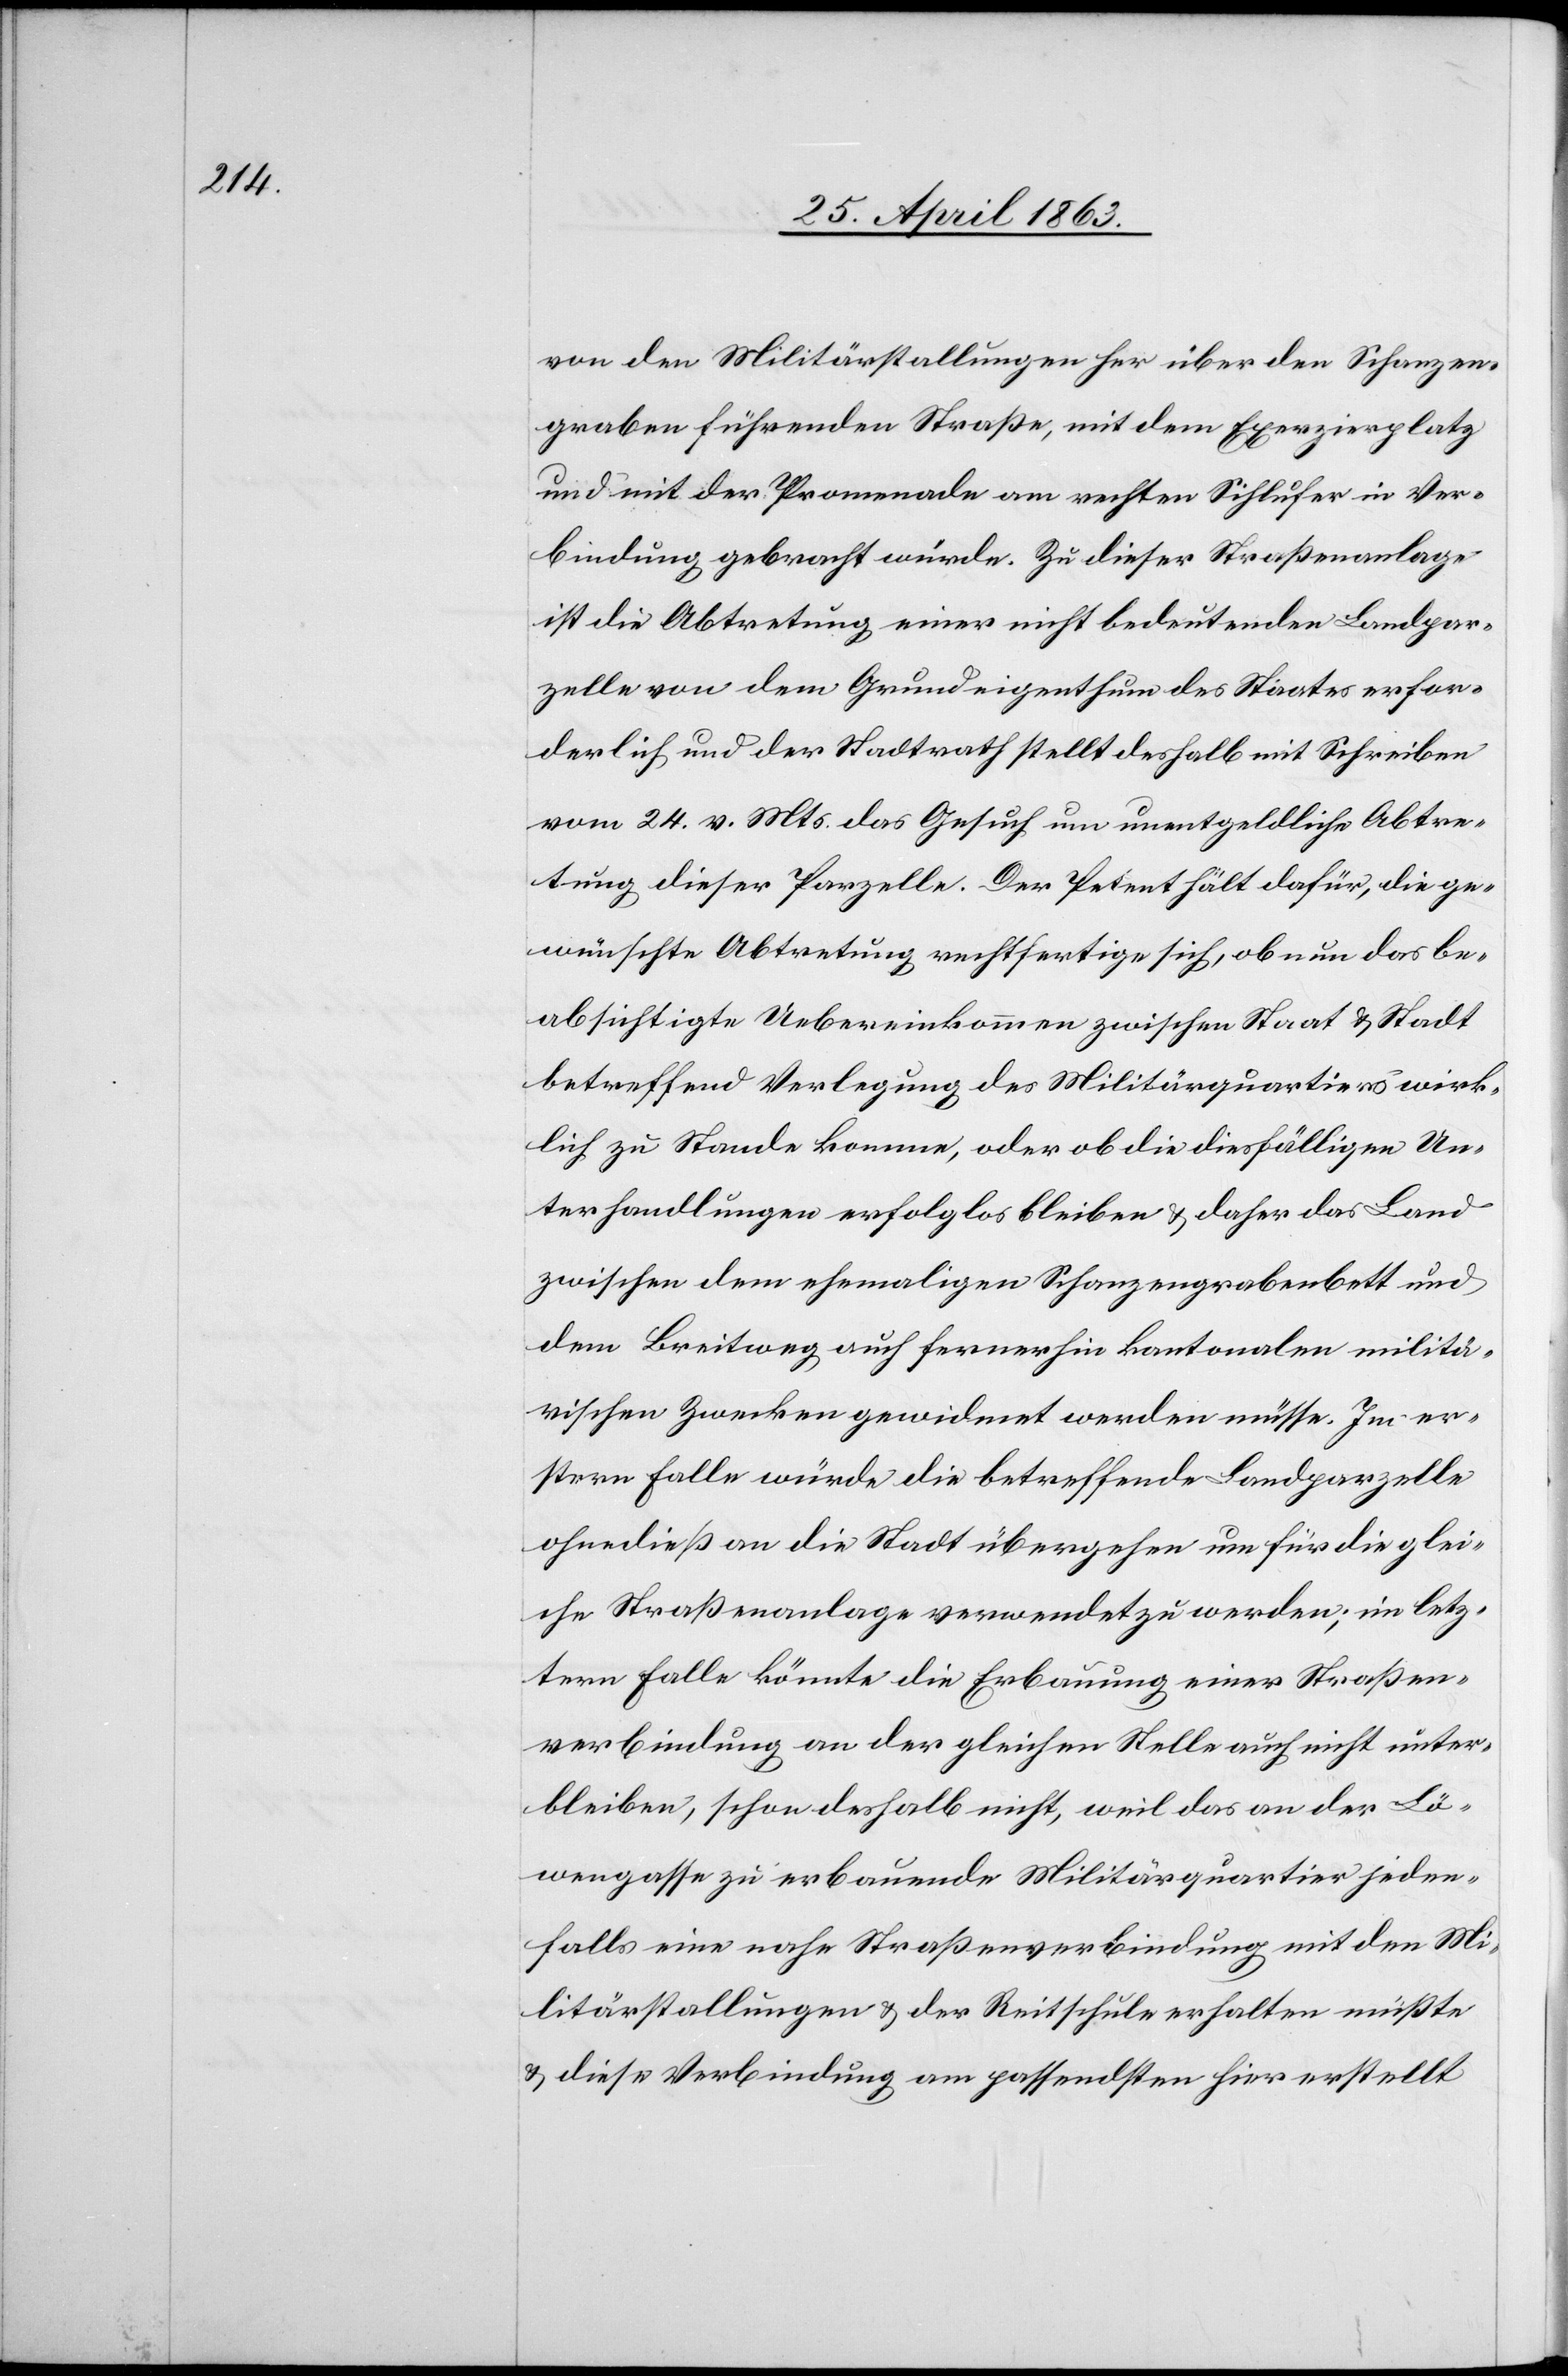
von den Militärstallungen her über den Schanzen¬
graben führenden Straße, mit dem Exerzierplatz
und mit der Promenade am rechten Sihlufer in Ver¬
bindung gebracht würde. Zu dieser Straßenanlage
ist die Abtretung einer nicht bedeutenden Landpar¬
zelle von dem Grundeigenthum des Staates erfor¬
derlich und der Stadtrath stellt deshalb mit Schreiben
vom 24. v. Mts. das Gesuch um unentgeldliche Abtre¬
tung dieser Parzelle. Der Petent hält dafür, die ge¬
wünschte Abtretung rechtfertige sich, ob nun das be¬
absichtigte Uebereinkommen zwischen Staat & Stadt
betreffend Verlegung des Militärquartiers wirk¬
lich zu Stande komme, oder ob die diesfälligen Un¬
terhandlungen erfolglos bleiben & daher das Land
zwischen dem ehemaligen Schanzengrabenbett und
dem Breitweg auch fernerhin kantonalen militä¬
rischen Zwecken gewidmet werden müsse. Im er¬
stern Falle würde die betreffende Landparzelle
ohnedieß an die Stadt übergehen um für die glei¬
che Straßenanlage verwendet zu werden; im letz¬
tern Falle könnte die Erbauung einer Straßen¬
verbindung an der gleichen Stelle auch nicht unter¬
bleiben, schon deshalb nicht, weil das an der Lö¬
wengasse zu erbauende Militärquartier jeden¬
falls eine nahe Straßenverbindung mit den Mi¬
litärstallungen & der Reitschule erhalten müßte
& diese Verbindung am passendsten hier erstellt